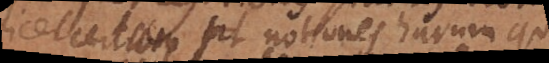
licet certum sit, notiones harum